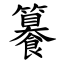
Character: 䉵